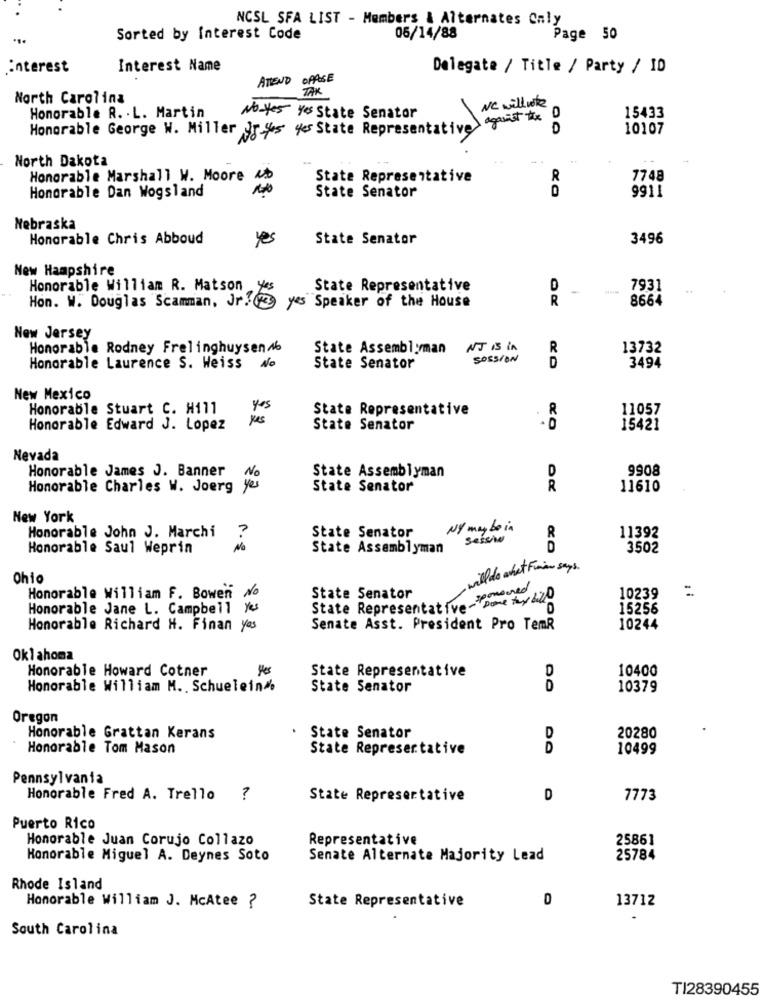
NCSL SFA LIST - Members & Alternates Caly
Sorted by Interest Code
05/14/88
Page 50
interest
Interest Name
Delegate / Title / Party / ID
ATTEND OPPOSE
TAK
North Carolina
NC willwote
Honorable R. L. Martin
No-yes Yes State Senator
against the
15433
Honorable George W. Miller J 45 4s State Representative>
D
10107
North Dakota
44 4
Honorable Marshall W. Moore 4.
State Representative
R
7748
State Senator
9911
Honorable Dan Wogsland
Nebraska
Honorable Chris Abboud
Yes
State Senator
3496
New Hampshire
Honorable William R. Matson
yes
State Representative
-
7931
Hon. W. Douglas Scamman, Jr! yes Speaker of the House
R
8664
New Jersey
Honorable Rodney Frelinghuysen /b
State Assemblyman
NJ IS in
R
13732
SOSSION
Honorable Laurence S. Weiss No
State Senator
3494
New Mexico
Honorable Stuart C. Hill
yes
State Representative
R
11057
Honorable Edward J. Lopez
State Senator
15421
Nevada
Honorable James J. Banner
State Assemblyman
D
9908
No
Honorable Charles W. Joerg yes
State Senator
R
11610
New York
Honorable John J. Marchi
State Senator
N/ maybe in
?
Sessie
R
11392
Honorable Saul Weprin
No
State Assemblyman
D
3502
will do what Finom says.
Ohio
Honorable William F. Bowen No
State Senator
State Representative-pomoned
Dome thy bold
10239
Honorable Jane L. Campbell yes
15256
Honorable Richard H. Finan Yes
Senate Asst. President Pro TemR
10244
Oklahoma
Honorable Howard Cotner
yes
State Representative
D
10400
Honorable William M .. Schuelein
State Senator
D
10379
Oregon
Honorable Grattan Kerans
State Senator
D
20280
Honorable Tom Mason
State Representative
D
10499
Pennsylvania
Honorable Fred A. Trello ?
State Representative
D
7773
Puerto Rico
Honorable Juan Corujo Collazo
Representative
25861
Honorable Miguel A. Deynes Soto
Senate Alternate Majority Lead
25784
Rhode Island
13712
Honorable William J. McAtee ?
State Representative
South Carolina
TI28390455